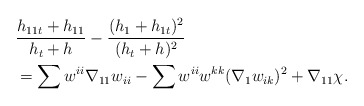
\begin{align*}&\frac{h_{11t}+ h_{11}}{h_{t}+h}-\frac{( h_{1}+h_{1t})^{2}}{(h_{t}+ h)^{2}}\\&=\sum w^{ii}\nabla_{11}w_{ii}-\sum w^{ii}w^{kk}(\nabla_{1}w_{ik})^{2}+\nabla_{11}\chi.\end{align*}